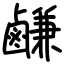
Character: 鹻